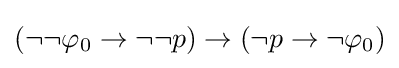
(\neg \neg \varphi _{0}\to \neg \neg p)\to (\neg p\to \neg \varphi _{0})